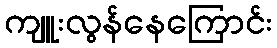
ကျူးလွန်နေကြောင်း